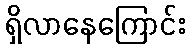
ရှိလာနေကြောင်း